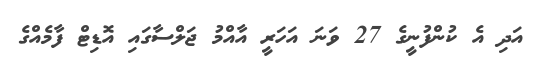
އަދި އެ ކުންފުނީގެ 27 ވަނަ އަހަރީ އާއްމު ޖަލްސާގައި އޮޑިޓް ފާމެއްގެ